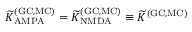
{ \widetilde K } _ { \mathrm { A M P A } } ^ { \mathrm { ( G C , M C ) } } = { \widetilde K } _ { \mathrm { N M D A } } ^ { \mathrm { ( G C , M C ) } } \equiv { \widetilde K } ^ { \mathrm { ( G C , M C ) } }